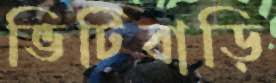
ভিটিবাড়ি